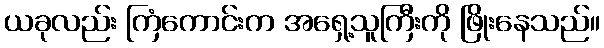
ယခုလည်း ကြံကောင်းက အရှေ့သူကြီးကို ဖြိုးနေသည်။